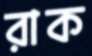
রাক